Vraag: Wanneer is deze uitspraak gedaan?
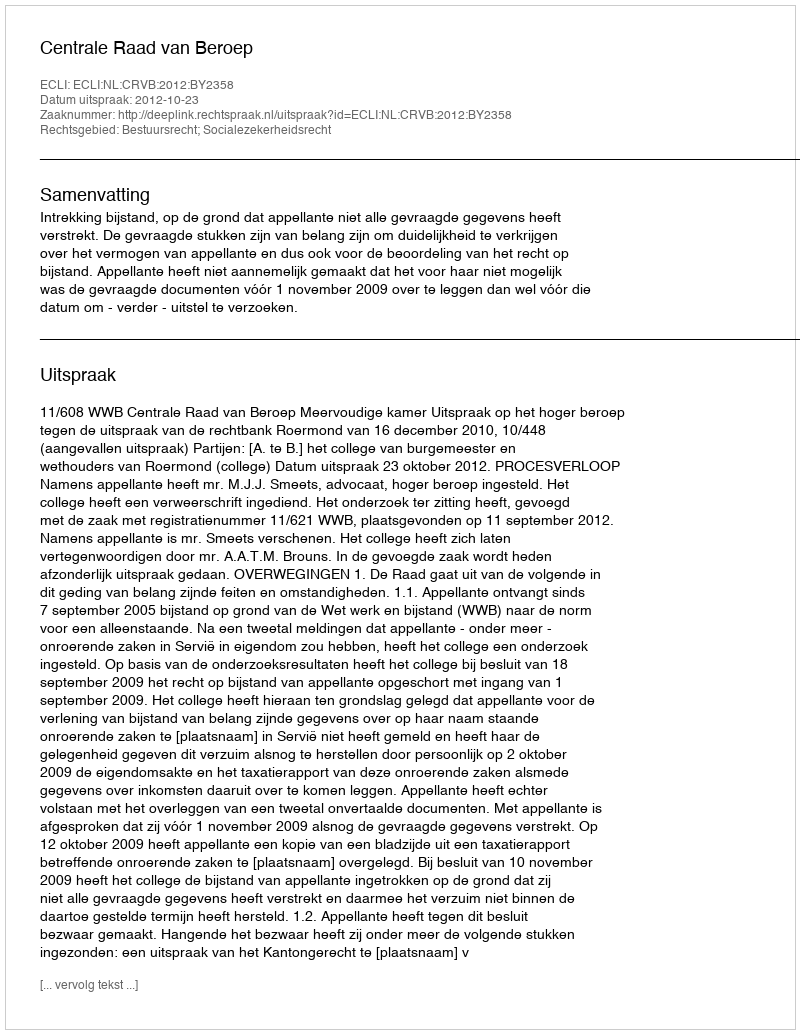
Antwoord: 2012-10-23